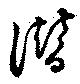
譛